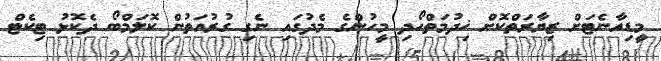
މީޑިއާނެޓަށް ޒިޔާރަތްކޮށް ޚިދުމަތްހޯދި މީހުންގެ މެދުގައި ނެގި ގުރުއަތުން ކޮލަމްބޯ ދެކޮޅު ޓިކެޓް